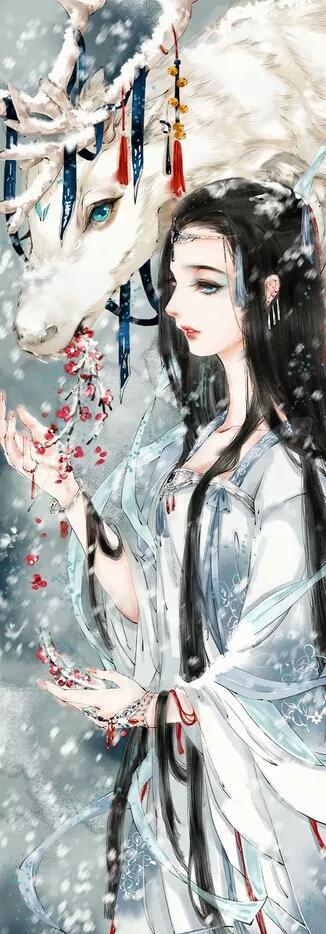
解释春风无限恨，沉香亭北倚阑干。